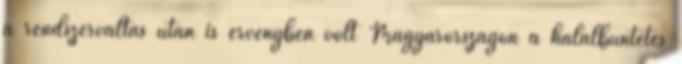
a rendszerváltás után is érvényben volt Magyarországon a halálbüntetés